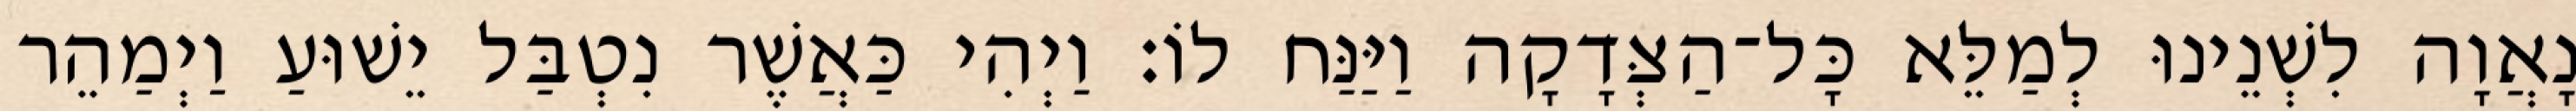
נָאֲוָה לִשְׁנֵינוּ לְמַלֵּא כָּל־הַצְּדָקָה וַיַּנַּח לוֹ׃ וַיְהִי כַּאֲשֶׁר נִטְבַּל יֵשׁוּעַ וַיְמַהֵר